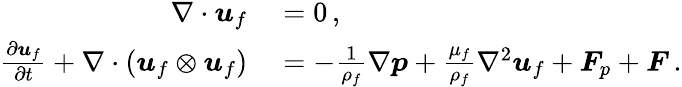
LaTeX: \begin{array}{rl}{\nabla\cdot\boldsymbol{u}_{f}}&{{}=0\, ,}\\ {\frac{\partial\boldsymbol{u}_{f}}{\partial t}+\nabla\cdot(\boldsymbol{u}_{f}\otimes\boldsymbol{u}_{f})}&{{}=-\frac{1}{\rho_{f}}\nabla\boldsymbol{p}+\frac{\mu_{f}}{\rho_{f}}\nabla^{2}\boldsymbol{u}_{f}+\boldsymbol{F}_{p}+\boldsymbol{F}\, .}\end{array}